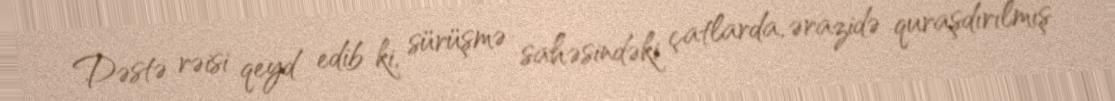
Dəstə rəisi qeyd edib ki, sürüşmə sahəsindəki çatlarda, ərazidə quraşdırılmış